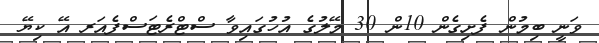
ވަނީ ބިމުން ފެށިގެން 10ން 30 މޭލުގެ އުހުގައިވާ ސްޓްރެޓަސްފެއަރ އޭ ކިޔޭ